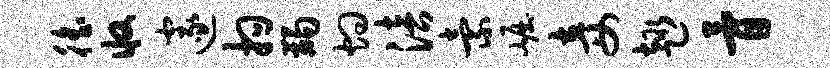
徭收邃拘蠲灼涪索崛妾趣骨